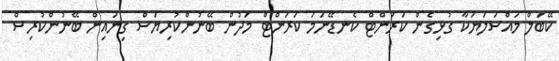
ކޭބަލް މައްސަލަޔަކާ ގުޅިގެން ކަރަންޓް ކެނޑޭނަމަ ކަރަންޓް މަދުން ބޭނުންކުރިޔަސް ގިނައިން ބޭނުންކުރިސް